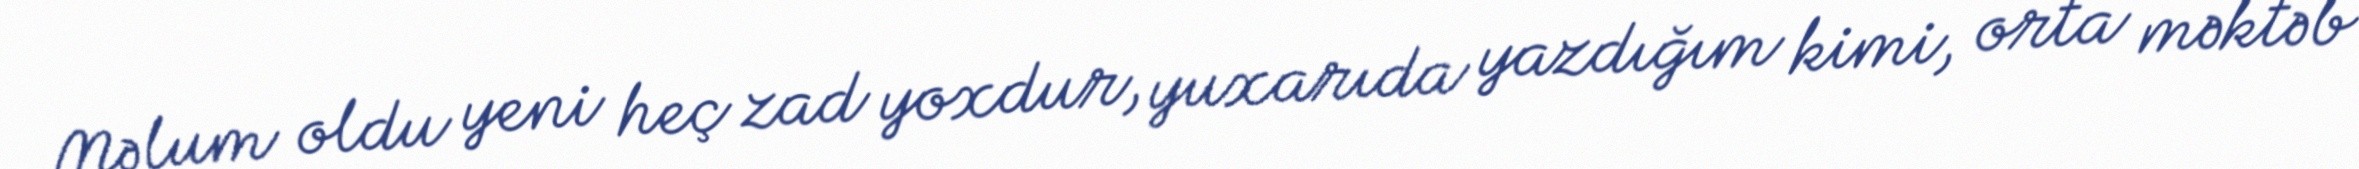
Məlum oldu yeni heç zad yoxdur, yuxarıda yazdığım kimi, orta məktəb